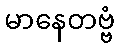
မာနေတဗ္ဗံ